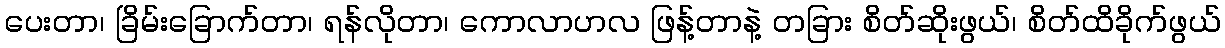
ပေးတာ၊ ခြိမ်းခြောက်တာ၊ ရန်လိုတာ၊ ကောလာဟလ ဖြန့်တာနဲ့ တခြား စိတ်ဆိုးဖွယ်၊ စိတ်ထိခိုက်ဖွယ်